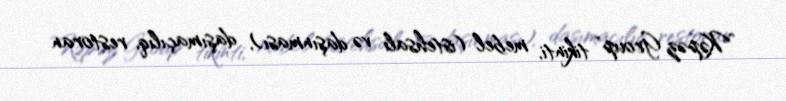
”Kəpəz Group" tikinti, mebel (istehsalı və daşınması), daşımaçılıq, restoran